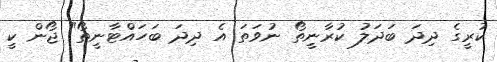
ކުރީގެ ދިދަ ބަދަލު ކުރާނީތޯ ނުވަތަ އެ ދިދަ ބަހައްޓާނީތޯ" ޖޯން ކީ